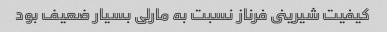
کیفیت شیرینى فرناز نسبت به مارلى بسیار ضعیف بود